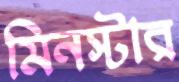
মিনস্টার